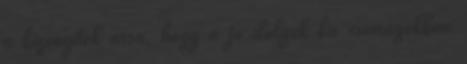
a bizonyíték arra, hogy a jó dolgok kis csomagokban